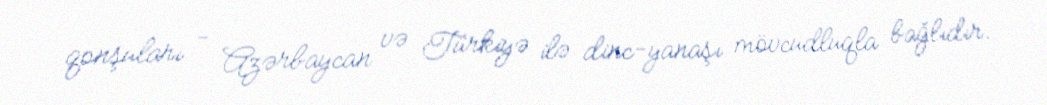
qonşuları - Azərbaycan və Türkiyə ilə dinc-yanaşı mövcudluqla bağlıdır.